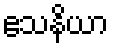
ဧသနိယာ